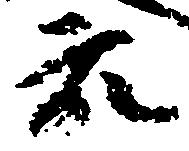
衆